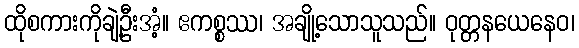
ထိုစကားကိုချဲ့ဦးအံ့။ ဧကစ္စဿ၊ အချို့သောသူသည်။ ဝုတ္တနယေနေဝ၊